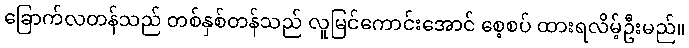
ခြောက်လတန်သည် တစ်နှစ်တန်သည် လူမြင်ကောင်းအောင် စေ့စပ် ထားရလိမ့်ဦးမည်။